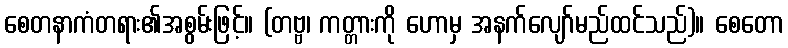
စေတနာကံတရား၏အစွမ်းဖြင့်။ (တဗ္ဗ၊ ကတ္တားကို ဟောမှ အနက်လျော်မည်ထင်သည်)။ စေတော